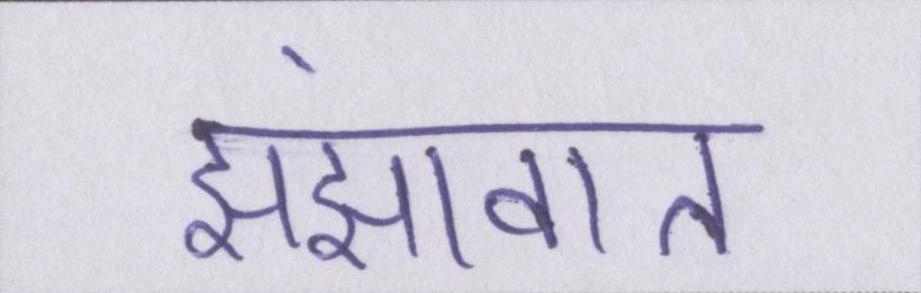
झंझावात